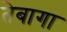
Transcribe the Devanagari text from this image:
तेबागा